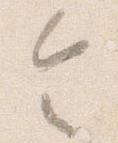
令